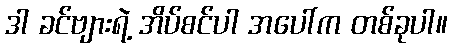
ဒါ ခင်ဗျားရဲ့ အိပ်စင်ပါ အပေါ်က တစ်ခုပါ။